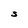
Character: S